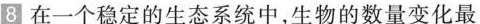
8在一个稳定的生态系统中，生物的数量变化最